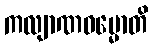
ကလျာဏဓမ္မောတိ